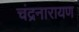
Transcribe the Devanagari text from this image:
चंद्रनारायण